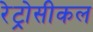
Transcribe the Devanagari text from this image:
रेट्रोसीकल